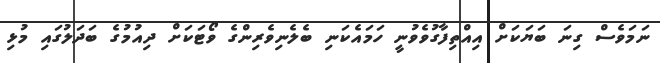
ނަމަވެސް ގިނަ ބަޔަކަށް އިއްތިފާގުވެވުނީ ހަމައެކަނި ބެލެނިވެރިންގެ ވޯޓަކަށް ދިއުމުގެ ބަދަލުގައި މުޅި